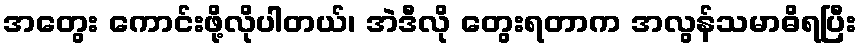
အတွေး ကောင်းဖို့လိုပါတယ်၊ အဲဒီလို တွေးရတာက အလွန်သမာဓိရပြီး